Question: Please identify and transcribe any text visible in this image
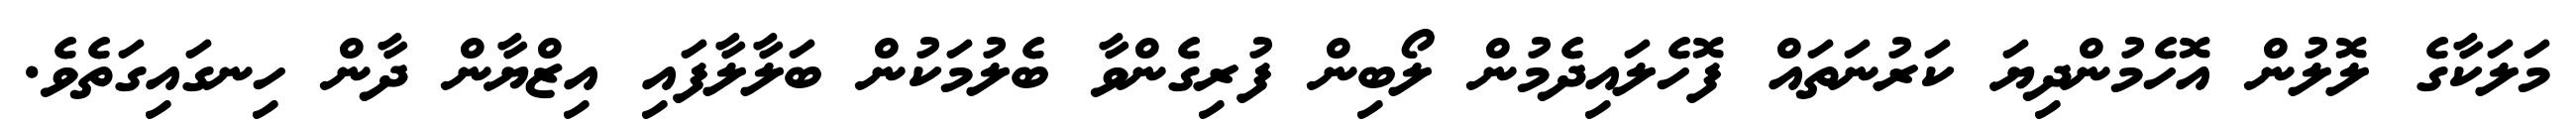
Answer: މަލަކާގެ ލޮލުން އޮހެމުންދިޔަ ކަރުނަތައް ފޮހެލައިދެމުން ލޯބިން ފުރިގެންވާ ބެލުމަކުން ބަލާލާފައި އިޒްޔާން ދާން ހިނގައިގަތެވެ.